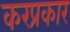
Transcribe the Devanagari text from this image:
करप्रकार